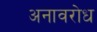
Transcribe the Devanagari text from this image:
अनावरोध